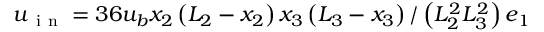
\boldsymbol { u } _ { \mathrm { ~ i ~ n ~ } } = 3 6 u _ { b } x _ { 2 } \left( L _ { 2 } - x _ { 2 } \right) x _ { 3 } \left( L _ { 3 } - x _ { 3 } \right) / \left( L _ { 2 } ^ { 2 } L _ { 3 } ^ { 2 } \right) \boldsymbol { e } _ { 1 }